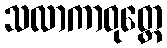
သလာကာဝုတ္တေ